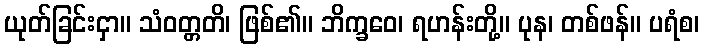
ယုတ်ခြင်းငှာ။ သံဝတ္တတိ၊ ဖြစ်၏။ ဘိက္ခဝေ၊ ရဟန်းတို့။ ပုန၊ တစ်ဖန်။ ပရံစ၊